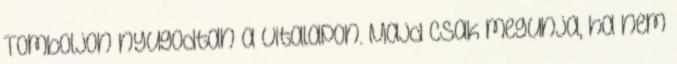
Tomboljon nyugodtan a vitalapon. Majd csak megunja, ha nem